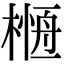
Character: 𣘰